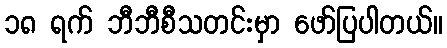
၁၈ ရက် ဘီဘီစီသတင်းမှာ ဖော်ပြပါတယ်။